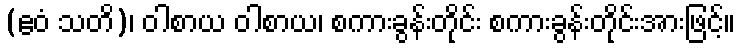
(ဧဝံ သတိ)၊ ဝါစာယ ဝါစာယ၊ စကားခွန်းတိုင်း စကားခွန်းတိုင်းအားဖြင့်။